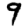
Digit: 9